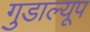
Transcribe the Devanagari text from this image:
गुडाल्यूप